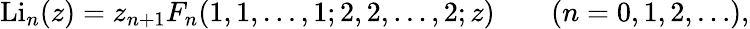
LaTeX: \operatorname{Li}_{n}(z)=z_{n+1}F_{n}(1,1,\dots,1;2,2,\dots,2;z)\qquad(n=0,1,2,\ldots),